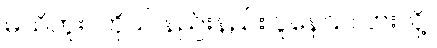
မသိဘူး။ ကိုယ် နည်းနည်း ပူနေသလားလို့။